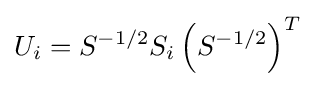
U_{i}=S^{-1/2}S_{i}\left(S^{-1/2}\right)^{T}